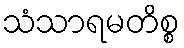
သံသာရမတိစ္စ